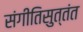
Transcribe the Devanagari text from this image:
संगीतिसुत्तंत